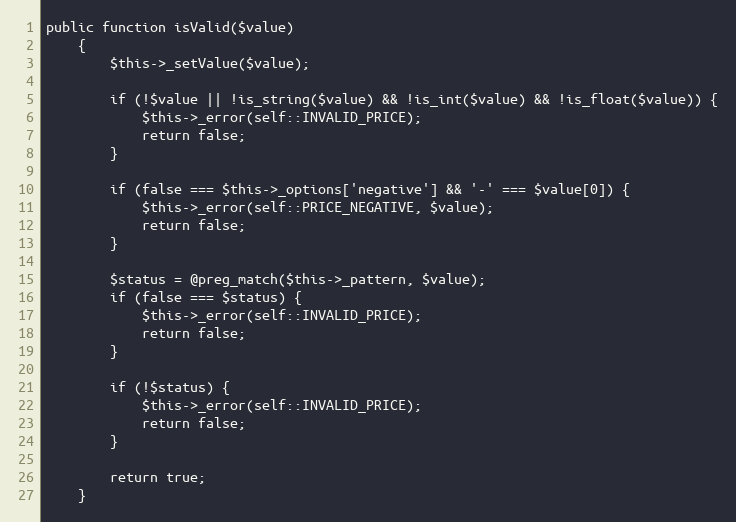
Language: PHP
public function isValid($value)
    {
        $this->_setValue($value);

        if (!$value || !is_string($value) && !is_int($value) && !is_float($value)) {
            $this->_error(self::INVALID_PRICE);
            return false;
        }

        if (false === $this->_options['negative'] && '-' === $value[0]) {
            $this->_error(self::PRICE_NEGATIVE, $value);
            return false;
        }

        $status = @preg_match($this->_pattern, $value);
        if (false === $status) {
            $this->_error(self::INVALID_PRICE);
            return false;
        }

        if (!$status) {
            $this->_error(self::INVALID_PRICE);
            return false;
        }

        return true;
    }